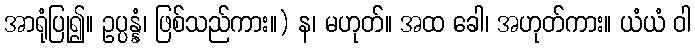
အာရုံပြု၍။ ဥပ္ပန္နံ၊ ဖြစ်သည်ကား။) န၊ မဟုတ်။ အထ ခေါ၊ အဟုတ်ကား။ ယံယံ ဝါ